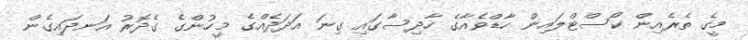
މީގެ ތެރެއިން ކޯސްޓްލައިން ހާޑްވެއާގެ ހާދިސާގައި ގިނަ އަދަދެއްގެ މީހުންގެ ގެދޮރު އަނދައިގެން